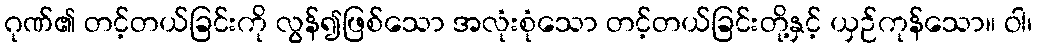
ဂုဏ်၏ တင့်တယ်ခြင်းကို လွန်၍ဖြစ်သော အလုံးစုံသော တင့်တယ်ခြင်းတို့နှင့် ယှဉ်ကုန်သော။ ဝါ၊